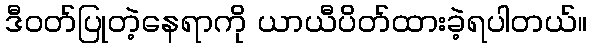
ဒီဝတ်ပြုတဲ့နေရာကို ယာယီပိတ်ထားခဲ့ရပါတယ်။